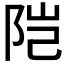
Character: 𬮿